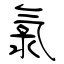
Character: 氯